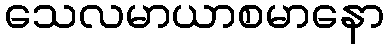
သေလမာယာစမာနော